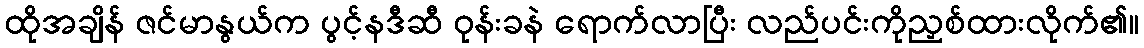
ထိုအချိန် ဇင်မာနွယ်က ပွင့်နဒီဆီ ဝုန်းခနဲ ရောက်လာပြီး လည်ပင်းကိုညှစ်ထားလိုက်၏။